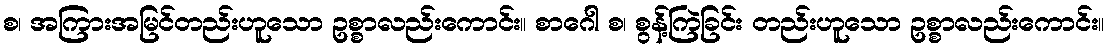
စ၊ အကြားအမြင်တည်းဟူသော ဥစ္စာလည်းကောင်း။ စာဂေါ စ၊ စွန့်ကြဲခြင်း တည်းဟူသော ဥစ္စာလည်းကောင်း။